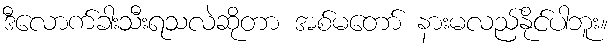
ဒီလောက်ခါးသီးရသလဲဆိုတာ အစ်မတော် နားမလည်နိုင်ပါဘူး။